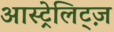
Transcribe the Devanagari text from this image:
आस्ट्रेलिट्ज़